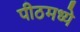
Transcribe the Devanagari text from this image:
पीठमध्ये